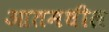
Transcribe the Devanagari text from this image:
आतमधील